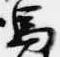
馬